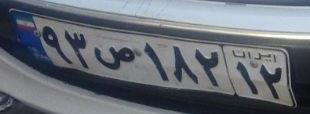
۹۳ص۱۸۲۱۲